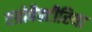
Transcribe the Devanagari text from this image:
एग्रोबैक्टीरिया